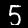
Label: 5